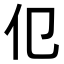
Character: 𬽢